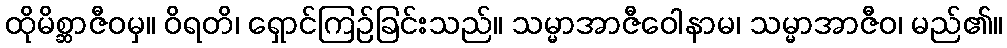
ထိုမိစ္ဆာဇီဝမှ။ ဝိရတိ၊ ရှောင်ကြဉ်ခြင်းသည်။ သမ္မာအာဇီဝေါနာမ၊ သမ္မာအာဇီဝ၊ မည်၏။